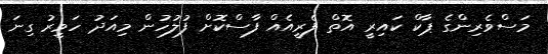
މަސްވެރިންގެ ޕާކް ކައިރީ އޮތް ފެރީއެއް ފާސްކޮށް ފުލުހުން މިއަދު ހަވީރު ގިނަ